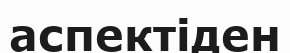
аспектіден